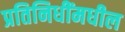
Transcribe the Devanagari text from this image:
प्रतिनिधींमधील